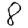
Digit: 8